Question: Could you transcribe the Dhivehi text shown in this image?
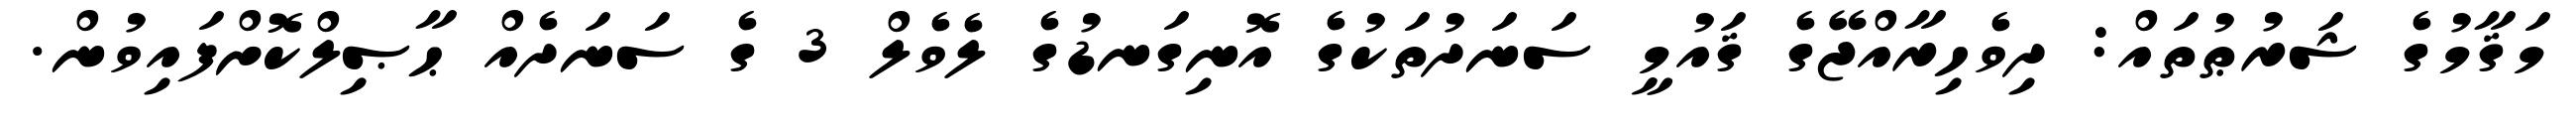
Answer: މަޤާމުގެ ޝަރުޠުތައް: ދިވެހިރާއްޖޭގެ ޤައުމީ ސަނަދުތަކުގެ އޮނިގަނޑުގެ ލެވެލް 3 ގެ ސަނަދެއް ޙާޞިލްކޮށްފައިވުން.